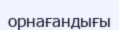
орнағандығы